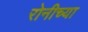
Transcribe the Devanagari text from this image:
रोनीच्या